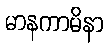
မာနကာမိနာ